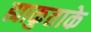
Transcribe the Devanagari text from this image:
ह्याकुताके